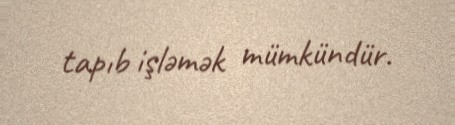
tapıb işləmək mümkündür.